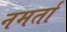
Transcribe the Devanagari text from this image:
नमर्ता